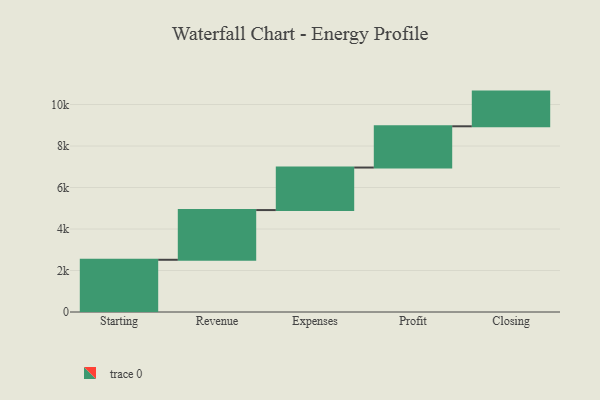
{"axis": {"x": "Step", "y": "Value"}, "legend": [""], "data": [{"x": "Starting", "y": 2517.0, "type": ""}, {"x": "Revenue", "y": 2396.0, "type": ""}, {"x": "Expenses", "y": 2050.0, "type": ""}, {"x": "Profit", "y": 1988.0, "type": ""}, {"x": "Closing", "y": 1672.0, "type": ""}]}